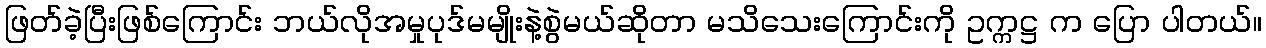
ဖြတ်ခဲ့ပြီးဖြစ်ကြောင်း ဘယ်လိုအမှုပုဒ်မမျိုးနဲ့စွဲမယ်ဆိုတာ မသိသေးကြောင်းကို ဥက္ကဋ္ဌ က ပြော ပါတယ်။